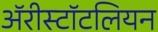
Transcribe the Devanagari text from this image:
ॲरीस्टॉटलियन